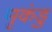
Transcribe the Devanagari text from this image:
मृकंडु